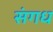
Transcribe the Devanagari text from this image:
संगध